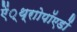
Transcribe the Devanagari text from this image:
ऐं्थ्राोपॉएडों